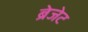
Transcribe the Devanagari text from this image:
ब्रेजेट